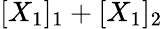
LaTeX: [X_{1}]_{1}+[X_{1}]_{2}